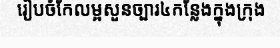
រៀបចំកែលម្អសួនច្បារ៤កន្លែងក្នុងក្រុង